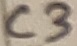
Text: C3